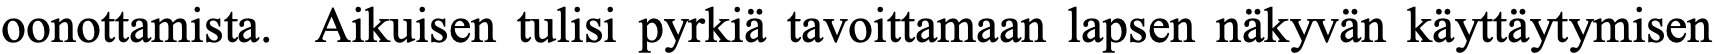
oonottamista. Aikuisen tulisi pyrkiä tavoittamaan lapsen näkyvän käyttäytymisen